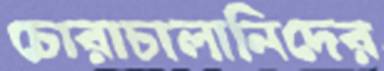
চোরাচালানিদের